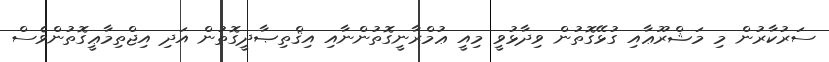
ސަރުުކާރުން މި މަޝްރޫޢާއި ގުޅޭގޮތުން ވިދާޅުވީ މިއީ ޢުމްރާނީގޮތުންނާއި އިޤްތިޞާދީގޮތުން އަދި އިޖްތިމާޢީގޮތުންވެސް